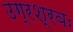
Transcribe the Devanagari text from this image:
उग्रश्रवः